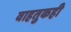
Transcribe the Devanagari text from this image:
वाहतुकही